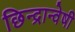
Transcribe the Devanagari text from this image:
छिन्‍द्रान्‍वेषी